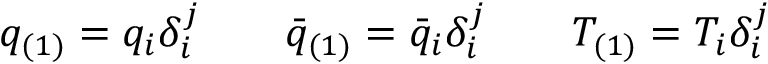
q _ { ( 1 ) } = q _ { i } \delta _ { i } ^ { j } \qquad \bar { q } _ { ( 1 ) } = \bar { q } _ { i } \delta _ { i } ^ { j } \qquad T _ { ( 1 ) } = T _ { i } \delta _ { i } ^ { j }